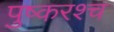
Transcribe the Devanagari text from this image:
पुष्करश्च